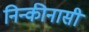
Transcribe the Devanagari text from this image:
निन्कीनासी